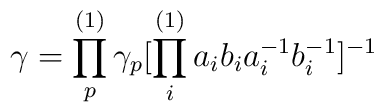
\gamma =\prod_p^{(1)}\gamma_p[\prod_i^{(1)}a_ib_ia_i^{-1}b_i^{-1}]^{-1}